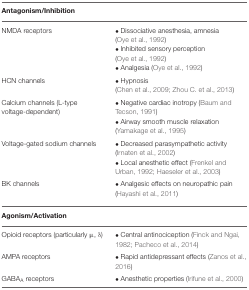
| Antagonism/Inhibition |
 | --- |
 | NMDA receptors | • Dissociative anesthesia, amnesia (Oye et al., 1992) • Inhibited sensory perception (Oye et al., 1992) • Analgesia (Oye et al., 1992) |
 | HCN channels | • Hypnosis (Chen et al., 2009; Zhou C. et al., 2013) |
 | Calcium channels (L-type voltage-dependent) | • Negative cardiac inotropy (Baum and Tecson, 1991) • Airway smooth muscle relaxation (Yamakage et al., 1995) |
 | Voltage-gated sodium channels | • Decreased parasympathetic activity (Irnaten et al., 2002) • Local anesthetic effect (Frenkel and Urban, 1992; Haeseler et al., 2003) |
 | BK channels | • Analgesic effects on neuropathic pain (Hayashi et al., 2011) |
 | Agonism/Activation |
 | Opioid receptors (particularly μ, δ) | • Central antinociception (Finck and Ngai, 1982; Pacheco et al., 2014) |
 | AMPA receptors | • Rapid antidepressant effects (Zanos et al., 2016) |
 | GABAA receptors | • Anesthetic properties (Irifune et al., 2000) |